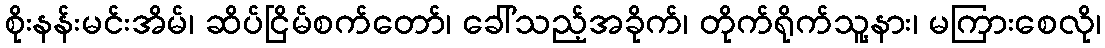
စိုးနန်းမင်းအိမ်၊ ဆိပ်ငြိမ်စက်တော်၊ ခေါ်သည့်အခိုက်၊ တိုက်ရိုက်သူ့နား၊ မကြားစေလို၊